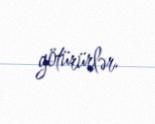
götürürlər.